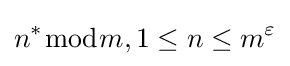
n^{*}{\bmod {m}},1\leq n\leq m^{\varepsilon }